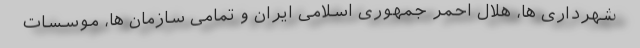
شهرداری ها، هلال احمر جمهوری اسلامی ایران و تمامی سازمان ها، موسسات